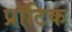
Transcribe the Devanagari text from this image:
प्रॉटिक